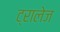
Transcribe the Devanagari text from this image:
ट्रालेज